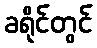
ခရိုင်တွင်